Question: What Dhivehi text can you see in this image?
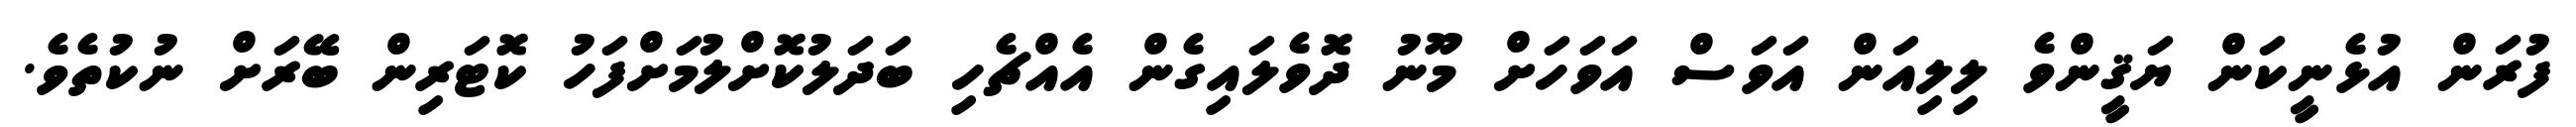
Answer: ފުރަން އުޅެނީކަން ޔަޤީންވެ ލިލިއަން އަވަސް އަވަހަށް މޫނު ދޮވެލައިގެން އެއްޗެހި ބަދަލުކޮށްލުމަށްފަހު ކޮޓަރިން ބޭރަށް ނުކުތެވެ.